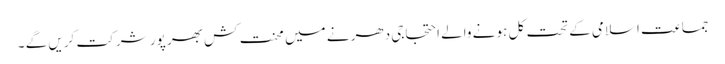
جماعت اسلامی کے تحت کل ہو نے والے احتجاجی دھر نے میں محنت کش بھر پور شر کت کریں گے ۔